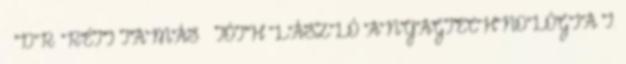
– DR. RÉTI TAMÁS – TÓTH LÁSZLÓ ANYAGTECHNOLÓGIA I.